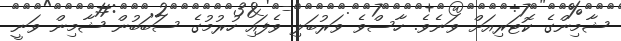
ޝާމިންގެ ކޮޓަރިއަށް ވަނެވެ. ހާސްވެ ވަރުބަލި ވެފައި ހުރުމުގެ ސަބަބުން ޝާމިން ވަނީ